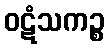
ဝဋံသကဉ္စ